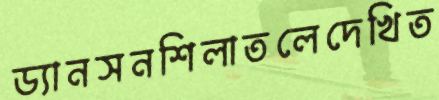
ড্যানসনশিলাতলেদেখিত